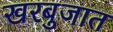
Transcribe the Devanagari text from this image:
खरबुजात